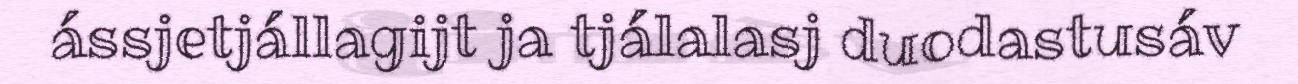
ássjetjállagijt ja tjálalasj duodastusáv